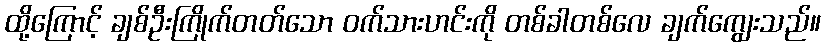
ထို့ကြောင့် ချစ်ဦးကြိုက်တတ်သော ဝက်သားဟင်းကို တစ်ခါတစ်လေ ချက်ကျွေးသည်။